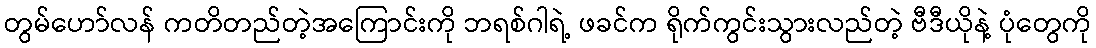
တွမ်ဟော်လန် ကတိတည်တဲ့အကြောင်းကို ဘရစ်ဂါရဲ့ ဖခင်က ရိုက်ကွင်းသွားလည်တဲ့ ဗီဒီယိုနဲ့ ပုံတွေကို